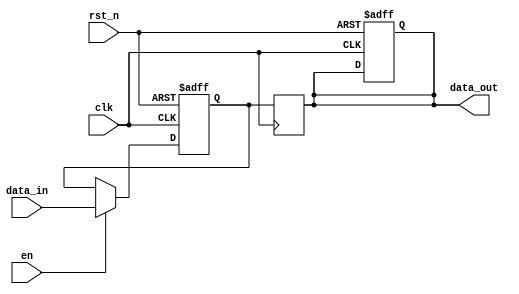
module pipeline_buffer #(
    parameter DATA_WIDTH = 8  // Parameter for data width
)(
    input wire clk,            // Clock signal
    input wire rst_n,         // Active low reset signal
    input wire en,            // Enable signal
    input wire [DATA_WIDTH-1:0] data_in,  // Input data
    output reg [DATA_WIDTH-1:0] data_out   // Output data
);

    // Internal register to hold the buffered data
    reg [DATA_WIDTH-1:0] buffer;

    // Sequential logic for the pipeline buffer
    always @(posedge clk or negedge rst_n) begin
        if (!rst_n) begin
            // Reset the buffer to zero
            buffer <= {DATA_WIDTH{1'b0}};
            data_out <= {DATA_WIDTH{1'b0}};
        end else if (en) begin
            // Load data into the buffer on enable
            buffer <= data_in;
        end
    end

    // Output logic
    always @(posedge clk) begin
        // Propagate the buffered data to the output
        data_out <= buffer;
    end

endmodule